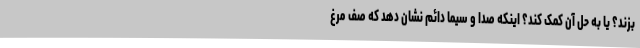
بزند؟ یا به حل آن کمک کند؟ اینکه صدا و سیما دائم نشان دهد که صف مرغ